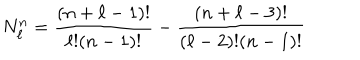
N _ { \ell } ^ { n } = \frac { ( n + \ell - 1 ) ! } { \ell ! ( n - 1 ) ! } - \frac { ( n + \ell - 3 ) ! } { ( \ell - 2 ) ! ( n - 1 ) ! }